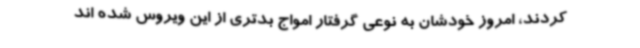
کردند، امروز خودشان به نوعی گرفتار امواج بدتری از این ویروس شده اند